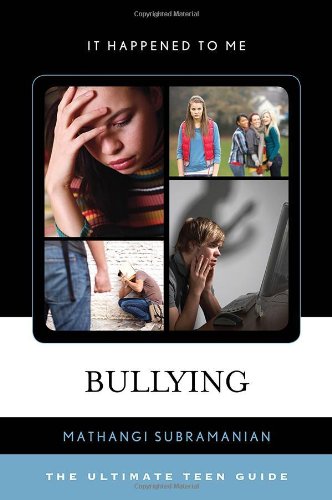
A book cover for Bullying: The Ultimate Teen Guide (It Happened to Me); Mathangi Subramanian; Teen & Young Adult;